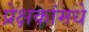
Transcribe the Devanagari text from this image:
प्रेक्षकांमधे